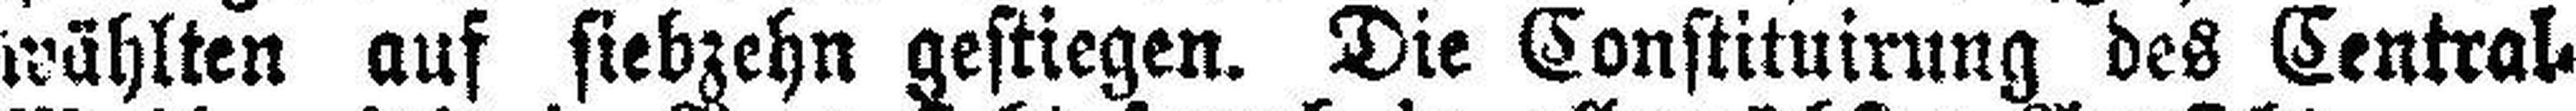
wählten auf siebzehn gestiegen. Die Constituirung des Central=